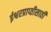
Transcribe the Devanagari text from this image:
ईश्वरप्राप्‍तीसाठी